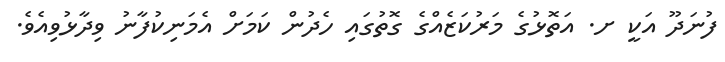
ފުނަދޫ އަކީ ށ. އަތޮޅުގެ މަރުކަޒެއްގެ ގޮތުގައި ހެދުން ކަމަށް އެމަނިކުފާނު ވިދާޅުވިއެވެ.